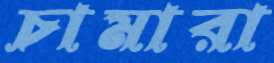
চামারা